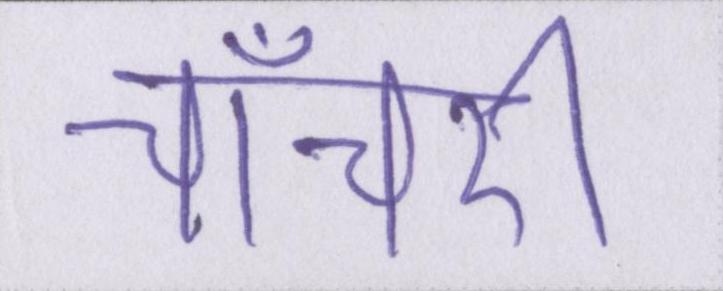
चाँचरी